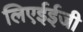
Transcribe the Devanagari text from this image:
लिएईईजी